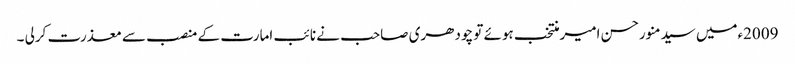
2009ءمیں سیدمنورحسن امیرمنتخب ہوئے تو چودھری صاحب نے نائب امارت کے منصب سے معذرت کرلی ۔